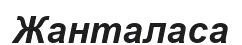
Жанталаса